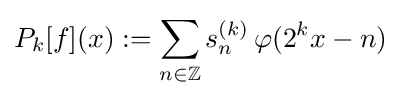
P_{k}[f](x):=\sum _{n\in \mathbb {Z} }s_{n}^{(k)}\,\varphi (2^{k}x-n)